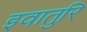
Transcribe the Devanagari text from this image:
इवातुरि